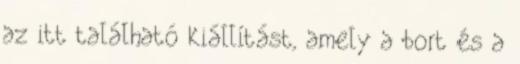
az itt található kiállítást, amely a bort és a